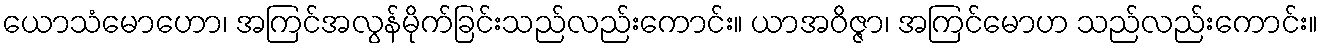
ယောသံမောဟော၊ အကြင်အလွန်မိုက်ခြင်းသည်လည်းကောင်း။ ယာအဝိဇ္ဇာ၊ အကြင်မောဟ သည်လည်းကောင်း။